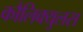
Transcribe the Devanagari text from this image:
कौलिक्युलस